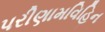
પરીણામવિહિન